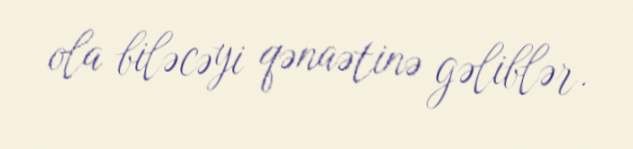
ola biləcəyi qənaətinə gəliblər.